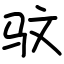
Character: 𫘜